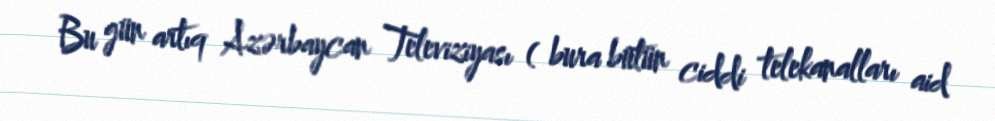
Bu gün artıq Azərbaycan Televiziyası ( bura bütün ciddi telekanalları aid